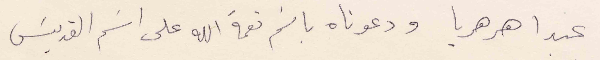
عبدا هرهريا ودعوناه باسم نعمة الله على اسم القديس